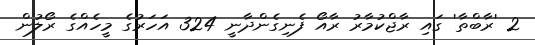
2 'ރާބްތާ' ގައި ރާޖްކުމާރު ރާއޯ ފެނިގެންދާނީ 324 އަހަރުގެ މީހެއްގެ ރޯލުން